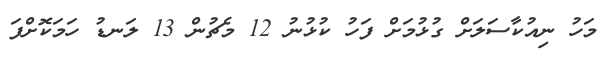
މަހު ނިއުކާސަލަށް ގުޅުމަށް ފަހު ކުޅުނު 12 މެޗުން 13 ލަނޑު ހަމަކޮށްފަ